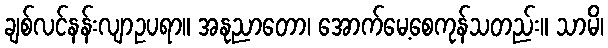
ချစ်လင်နန်းလျာဥပရာ။ အနုညာတော၊ အောက်မေ့စေကုန်သတည်း။ သာမိ၊